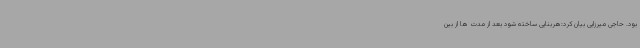
بود. حاجی میرزایی بیان کرد:هربنایی ساخته شود بعد از مدت ها از بین